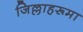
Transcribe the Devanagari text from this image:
जिल्लाहरूमा